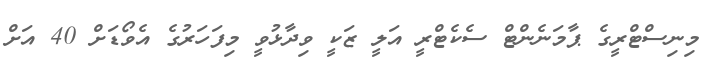
މިނިސްޓްރީގެ ޕާމަނެންޓް ސެކެޓްރީ އަލީ ޒަކީ ވިދާޅުވީ މިފަހަރުގެ އެވޯޑަށް 40 އަށް